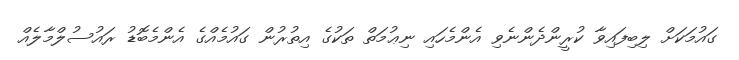
ގައުމަކަށް ލިބިފައިވާ ކުރީންދެންނެވި އެންމެހައި ނިޢުމަތް ތަކުގެ އިތުރުން ގައުމެއްގެ އެންމެބޮޑު ރައުސުލްމާލެއް